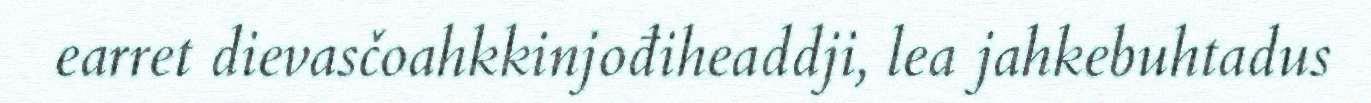
earret dievasčoahkkinjođiheaddji, lea jahkebuhtadus